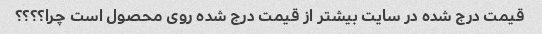
قیمت درج شده در سایت بیشتر از قیمت درج شده روی محصول است چرا؟؟؟؟